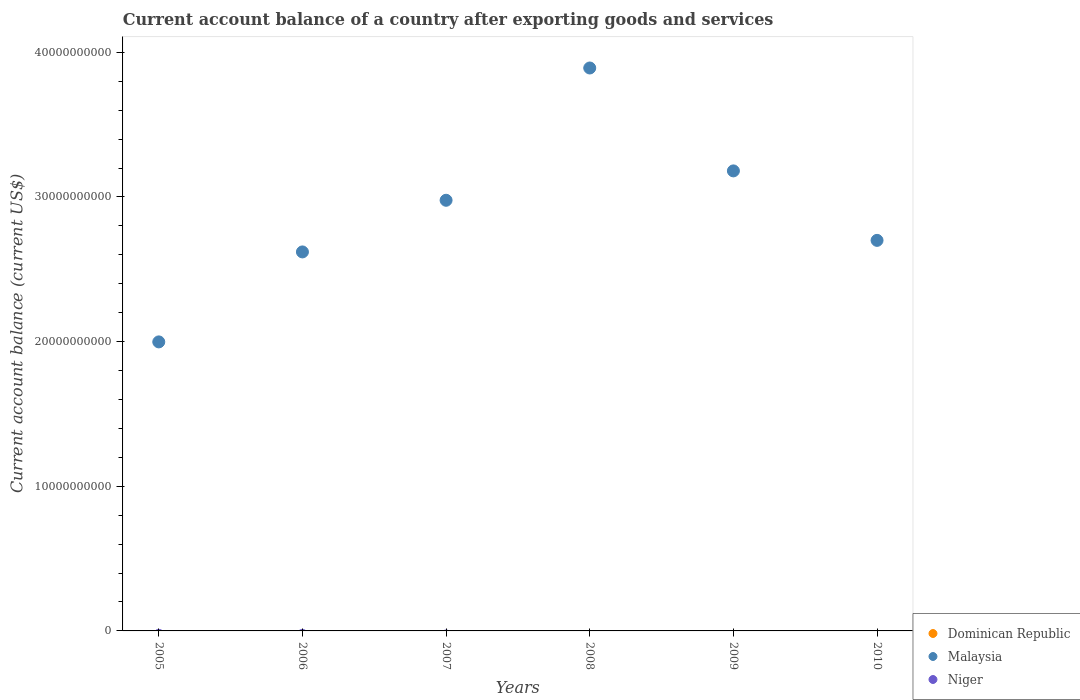
| Years | Dominican Republic | Malaysia | Niger |
 | --- | --- | --- | --- |
 | 2005 | -4.73e+08 | 2e+10 | -3.12e+08 |
 | 2006 | -1.29e+09 | 2.62e+10 | -3.14e+08 |
 | 2007 | -2.17e+09 | 2.98e+10 | -3.51e+08 |
 | 2008 | -4.52e+09 | 3.89e+10 | -6.51e+08 |
 | 2009 | -2.3e+09 | 3.18e+10 | -1.32e+09 |
 | 2010 | -4.01e+09 | 2.7e+10 | -1.14e+09 |